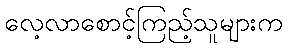
လေ့လာစောင့်ကြည့်သူများက